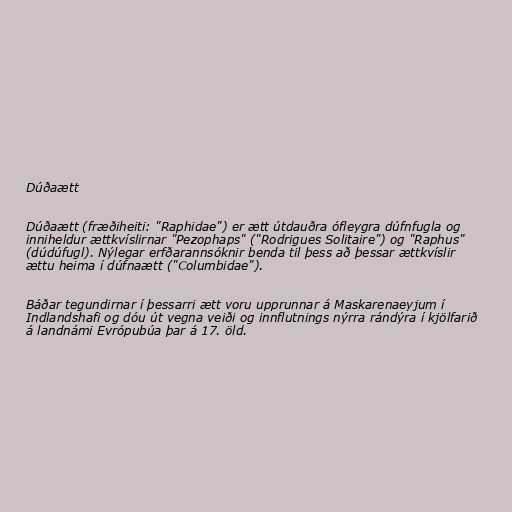
Dúðaætt

Dúðaætt (fræðiheiti: "Raphidae") er ætt útdauðra ófleygra dúfnfugla og
inniheldur ættkvíslirnar "Pezophaps" ("Rodrigues Solitaire") og "Raphus"
(dúdúfugl). Nýlegar erfðarannsóknir benda til þess að þessar ættkvíslir
ættu heima í dúfnaætt ("Columbidae").

Báðar tegundirnar í þessarri ætt voru upprunnar á Maskarenaeyjum í
Indlandshafi og dóu út vegna veiði og innflutnings nýrra rándýra í kjölfarið
á landnámi Evrópubúa þar á 17. öld.